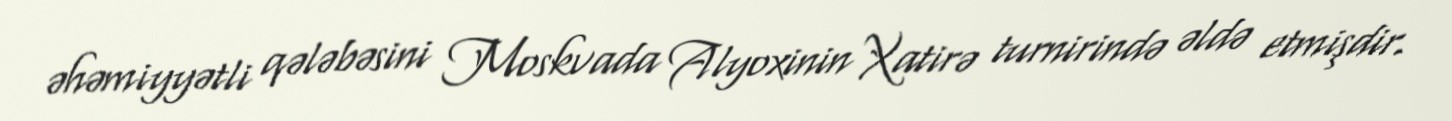
əhəmiyyətli qələbəsini Moskvada Alyoxinin Xatirə turnirində əldə etmişdir.